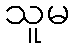
သူမ